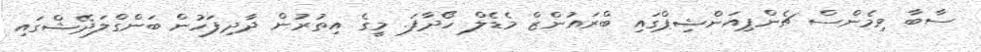
ސާބާ ވިމެންސް ޗެންޕިއަންޝިޕްގައި ބްރައުންޒް މެޑެލް ހޯދާފަ. މީގެ އިތުރުން ދާދިފަހުން ބަންގްލަދޭޝްގައި